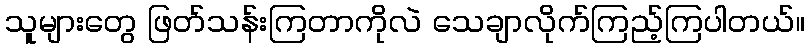
သူများတွေ ဖြတ်သန်းကြတာကိုလဲ သေချာလိုက်ကြည့်ကြပါတယ်။